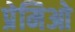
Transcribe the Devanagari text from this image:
प्रेमिओ